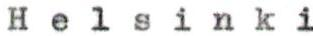
Helsinki